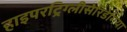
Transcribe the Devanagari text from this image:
हाइपरट्रिग्लीसेरिडेमिया